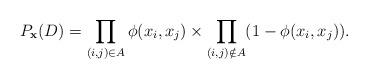
LaTeX: \begin{align*}P_{\mathbf{x}}(D)=\prod_{(i,j)\in A} \phi (x_i,x_j) \times \prod_{(i,j)\notin A} (1- \phi (x_i,x_j)).\end{align*}